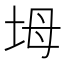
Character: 坶